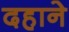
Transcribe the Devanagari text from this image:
दहाने